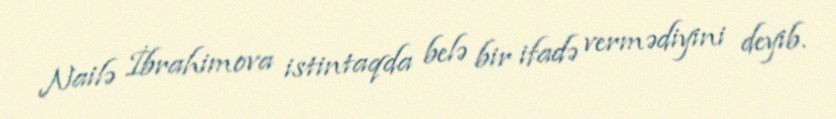
Nailə İbrahimova istintaqda belə bir ifadə vermədiyini deyib.